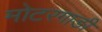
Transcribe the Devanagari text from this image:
मोटरगाङी